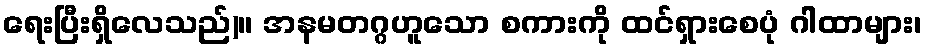
ရေးပြီးရှိလေသည်)။ အနမတဂ္ဂဟူသော စကားကို ထင်ရှားစေပုံ ဂါထာများ၊